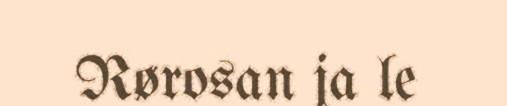
Rørosan ja le